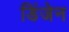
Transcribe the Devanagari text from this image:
डिंजेन